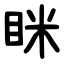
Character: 眯